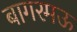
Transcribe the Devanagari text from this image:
बागरमऊ